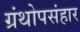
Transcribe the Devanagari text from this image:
ग्रंथोपसंहार